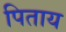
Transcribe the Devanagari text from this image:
पिताय